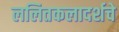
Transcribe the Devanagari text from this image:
ललितकलादर्शचे